Civil Veterinary Dept. Bombay admin report 1923-31 - 1923-1931
Year: 1923
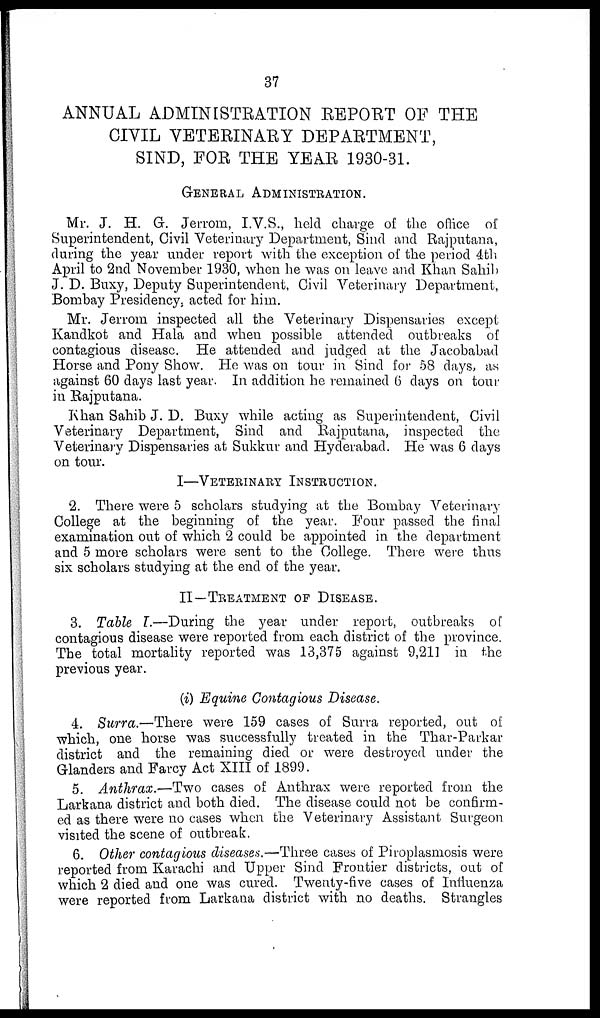
37
ANNUAL ADMINISTRATION REPORT OF THE
CIVIL VETERINARY DEPARTMENT,
SIND, FOR THE YEAR 1930-31.
GENERAL ADMINISTRATION.
Mr. J. H. G. Jerrom, I.V.S., held charge of the office of
Superintendent, Civil Veterinary Department, Sind and Rajputana,
during the year under report with the exception of the period 4th
April to 2nd November 1930, when he was on leave and Khan Sahib
J. D. Buxy, Deputy Superintendent, Civil Veterinary Department,
Bombay Presidency, acted for him.
Mr. Jerrom inspected all the Veterinary Dispensaries except
Kandkot and Hala and when possible attended outbreaks of
contagious disease. He attended and judged at the Jacobabad
Horse and Pony Show. He was on tour in Sind for 58 days, as
against 60 days last year. In addition he remained 6 days on tour
in Rajputana.
Khan Sahib J. D. Buxy while acting as Superintendent, Civil
Veterinary Department, Sind and Rajputana, inspected the
Veterinary Dispensaries at Sukkur and Hyderabad. He was 6 days
on tour.
I—VETERINARY INSTRUCTION.
2. There were 5 scholars studying at the Bombay Veterinary
College at the beginning of the year. Four passed the final
examination out of which 2 could be appointed in the department
and 5 more scholars were sent to the College. There were thus
six scholars studying at the end of the year.
II—TREATMENT OF DISEASE.
3. Table I.—During the year under report, outbreaks of
contagious disease were reported from each district of the province.
The total mortality reported was 13,375 against 9,211 in the
previous year.
(i) Equine Contagious Disease.
4. Surra.—There were 159 cases of Surra reported, out of
which, one horse was successfully treated in the Thar-Parkar
district and the remaining died or were destroyed under the
Glanders and Farcy Act XIII of 1899.
5. Anthrax.—Two cases of Anthrax were reported from the
Larkana district and both died. The disease could not be confirm-
ed as there were no cases when the Veterinary Assistant Surgeon
visited the scene of outbreak.
6. Other contagious diseases.—Three cases of Piroplasmosis were
reported from Karachi and Upper Sind Frontier districts, out of
which 2 died and one was cured. Twenty-five cases of Influenza
were reported from Larkana district with no deaths. Strangles